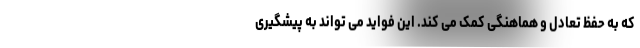
که به حفظ تعادل و هماهنگی کمک می کند. این فواید می تواند به پیشگیری